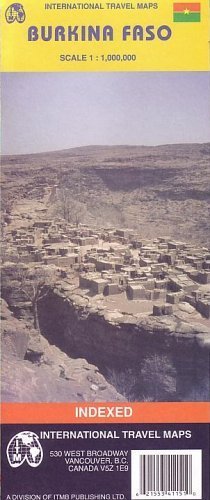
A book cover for Burkina Faso 1:1,000,000 & Niger Travel Map ITMB; ITMB; Travel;